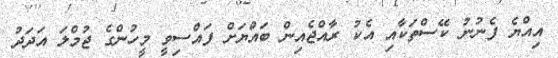
އިއްޔެ ފެނުނު ކޭސްތަކާއި އެކު ރާއްޖެއިން ބައްޔަށް ފައްސިވީ މީހުންގެ ޖުމްލަ އަދަދު